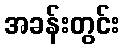
အခန်းတွင်း